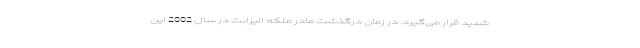
شدید قرار می‌گیرد. در زمان درگذشت مادر ملکه الیزابت در سال 2002 این